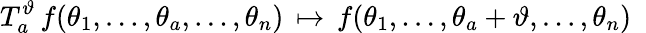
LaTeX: T_{a}^{\vartheta}\, f(\theta_{1},\ldots,\theta_{a},\ldots,\theta_{n})\, \mapsto\, f(\theta_{1},\ldots,\theta_{a}+\vartheta,\ldots,\theta_{n})\, \, \,